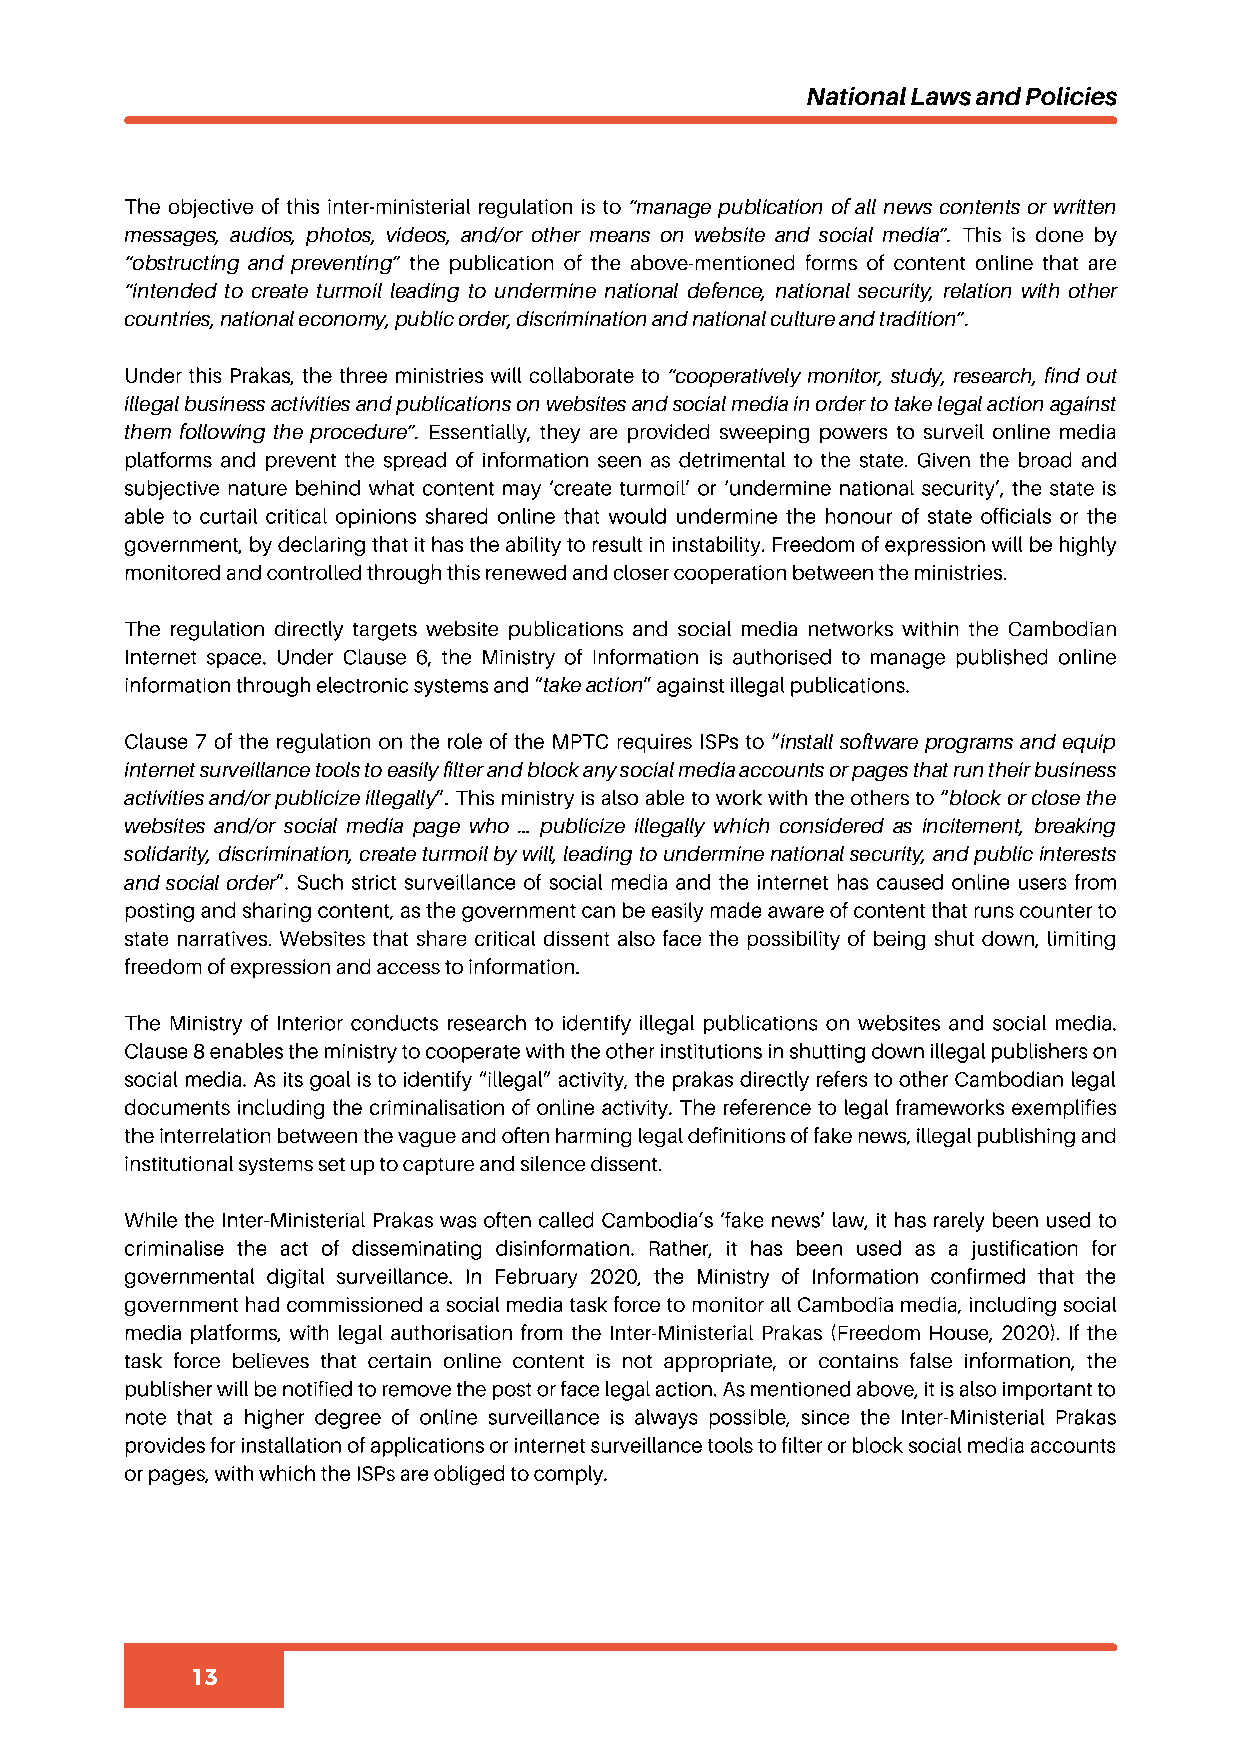
National Laws and Policies
 The objective of this inter-ministerial regulation is to “manage publication of all news contents or written
 messages, audios, photos, videos, and/or other means on website and social media”. This is done by
 “obstructing and preventing” the publication of the above-mentioned forms of content online that are
 “intended to create turmoil leading to undermine national defence, national security, relation with other
 countries, national economy, public order, discrimination and national culture and tradition”.
 Under this Prakas, the three ministries will collaborate to “cooperatively monitor, study, research, find out
 illegal business activities and publications on websites and social media in order to take legal action against
 them following the procedure”. Essentially, they are provided sweeping powers to surveil online media
 platforms and prevent the spread of information seen as detrimental to the state. Given the broad and
 subjective nature behind what content may ‘create turmoil’ or ‘undermine national security’, the state is
 able to curtail critical opinions shared online that would undermine the honour of state officials or the
 government, by declaring that it has the ability to result in instability. Freedom of expression will be highly
 monitored and controlled through this renewed and closer cooperation between the ministries.
 The regulation directly targets website publications and social media networks within the Cambodian
 Internet space. Under Clause 6, the Ministry of Information is authorised to manage published online
 information through electronic systems and “take action” against illegal publications.
 Clause 7 of the regulation on the role of the MPTC requires ISPs to “install software programs and equip
 internet surveillance tools to easily filter and block any social media accounts or pages that run their business
 activities and/or publicize illegally”. This ministry is also able to work with the others to “block or close the
 websites and/or social media page who … publicize illegally which considered as incitement, breaking
 solidarity, discrimination, create turmoil by will, leading to undermine national security, and public interests
 and social order”. Such strict surveillance of social media and the internet has caused online users from
 posting and sharing content, as the government can be easily made aware of content that runs counter to
 state narratives. Websites that share critical dissent also face the possibility of being shut down, limiting
 freedom of expression and access to information.
 The Ministry of Interior conducts research to identify illegal publications on websites and social media.
 Clause 8 enables the ministry to cooperate with the other institutions in shutting down illegal publishers on
 social media. As its goal is to identify “illegal” activity, the prakas directly refers to other Cambodian legal
 documents including the criminalisation of online activity. The reference to legal frameworks exemplifies
 the interrelation between the vague and often harming legal definitions of fake news, illegal publishing and
 institutional systems set up to capture and silence dissent.
 While the Inter-Ministerial Prakas was often called Cambodia’s ‘fake news’ law, it has rarely been used to
 criminalise the act of disseminating disinformation. Rather, it has been used as a justification for
 governmental digital surveillance. In February 2020, the Ministry of Information confirmed that the
 government had commissioned a social media task force to monitor all Cambodia media, including social
 media platforms, with legal authorisation from the Inter-Ministerial Prakas (Freedom House, 2020). If the
 task force believes that certain online content is not appropriate, or contains false information, the
 publisher will be notified to remove the post or face legal action. As mentioned above, it is also important to
 note that a higher degree of online surveillance is always possible, since the Inter-Ministerial Prakas
 provides for installation of applications or internet surveillance tools to filter or block social media accounts
 or pages, with which the ISPs are obliged to comply.
 13